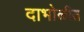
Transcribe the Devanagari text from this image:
दाभोळीत